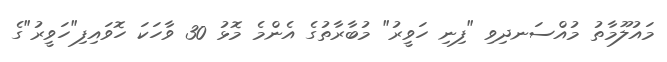
މައުލޫމާތު މުއްސަނދިވި "ފިނި ހަވީރު" މުބާރާތުގެ އެންމެ މޮޅު 30 ވާހަކަ ހޮވައިފި"ހަވީރު"ގެ